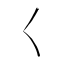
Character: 𡿨